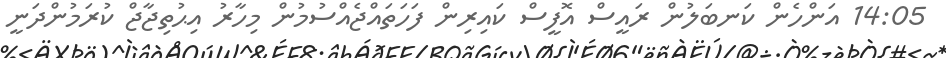
14:05 އަންހެން ކަނބަލުން ރައީސް އޮފީސް ކައިރިން ފަހަތައްޖެއްސުމުން މިހާރު އިޙުތިޖާޖް ކުރަމުންދަނީ